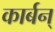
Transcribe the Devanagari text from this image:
कार्बन्